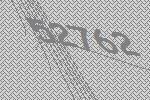
52762